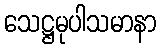
သေဋ္ဌမုပါသမာနာ